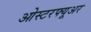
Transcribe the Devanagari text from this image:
ओस्टरफ्यूअर